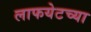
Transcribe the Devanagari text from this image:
लाफयेटच्या